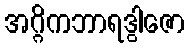
အဂ္ဂိကဘာရဒွါဇော